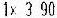
1X 3.90